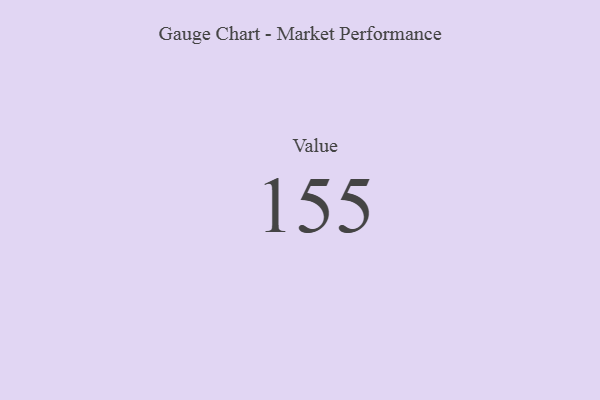
{"axis": {"x": "Metric", "y": "Value"}, "legend": [""], "data": [{"x": "Value", "y": 155, "type": ""}]}